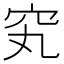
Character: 䆒